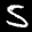
Label: 5